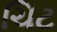
ચિટ